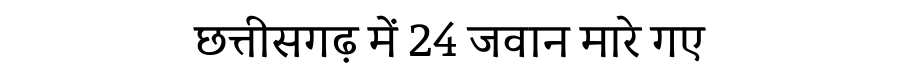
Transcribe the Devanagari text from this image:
छत्तीसगढ़ में 24 जवान मारे गए